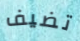
تضيف